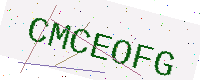
Text: CMCEOFG